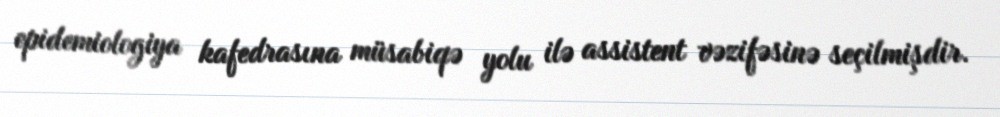
epidemiologiya kafedrasına müsabiqə yolu ilə assistent vəzifəsinə seçilmişdir.